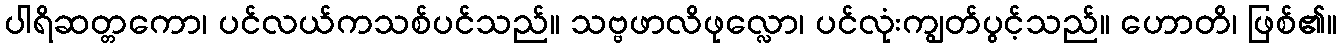
ပါရိဆတ္တကော၊ ပင်လယ်ကသစ်ပင်သည်။ သဗ္ဗဖာလိဖုလ္လော၊ ပင်လုံးကျွတ်ပွင့်သည်။ ဟောတိ၊ ဖြစ်၏။